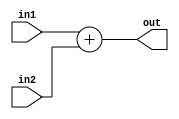

module add32 (
    input wire [31:0] in1, in2,
    output wire [31:0] out
);
    assign out = in1 + in2;
endmodule

// Mdulo Adder
module Adder (
    input wire [31:0] pc,
    output wire [31:0] pc_increment
);
    // Declarao do 4 para somar ao pc
    reg [31:0] four = 32'h00000004;

    // Atribuio da soma do pc
    assign pc_increment = four + pc;
endmodule